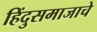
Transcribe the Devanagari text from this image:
हिंदुसमाजाचे